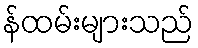
န်ထမ်းများသည်